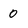
Character: 0